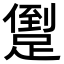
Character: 𨃫